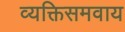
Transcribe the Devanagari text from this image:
व्यक्तिसमवाय